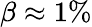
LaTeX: \beta\approx 1\%